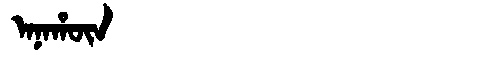
Manchu: ᠠᠨᠠᡥᡡᠨ
Romanization: ANAHŪN